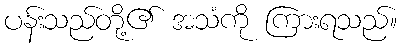
ပန်းသည်တို့၏ အသံကို ကြားရသည်။